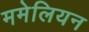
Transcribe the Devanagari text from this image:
ममेलियन